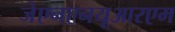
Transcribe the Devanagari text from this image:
जेएनएनयूआरएम